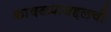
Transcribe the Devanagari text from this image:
कावळ्याबद्दलची